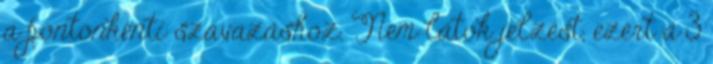
a pontonkénti szavazáshoz. Nem látok jelzést, ezért a 3